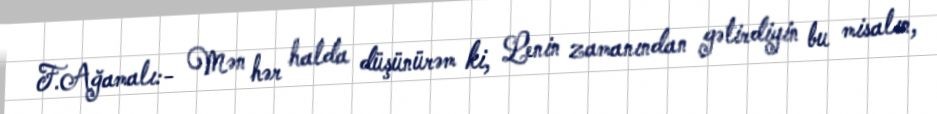
F.Ağamalı:- Mən hər halda düşünürəm ki, Lenin zamanından gətirdiyin bu misalın,